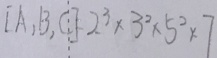
[ A , B , C ] = 2 ^ { 3 } \times 3 ^ { 2 } \times 5 ^ { 2 } \times 7